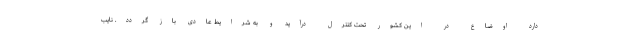
دارد اوضاع در این کشور تحت کنترل درآید و به شرایط عادی باز گردد. نایب